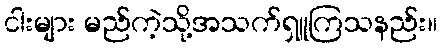
ငါးများ မည်ကဲ့သို့အသက်ရှူကြသနည်း။